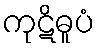
ကုဋိဓူပံ